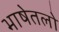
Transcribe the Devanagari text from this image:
भाषेतलो